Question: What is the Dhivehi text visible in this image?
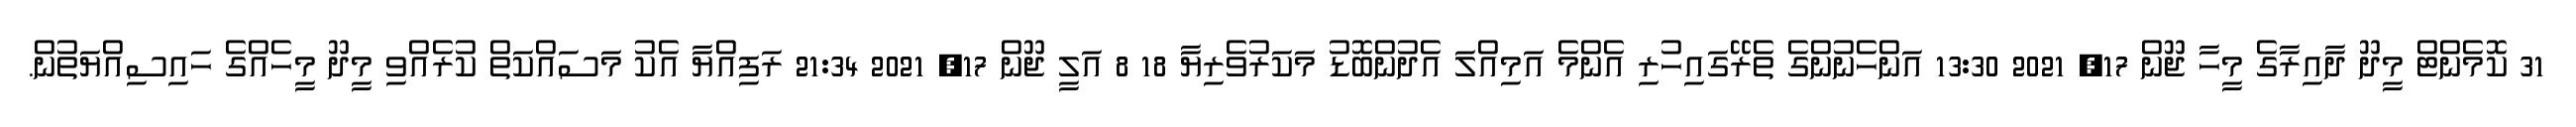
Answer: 31 ކޮމެންޓް މީދޫ ދާއިރާގެ މީހާ ޖޫން 17, 2021 13:30 އަންހެނުންގެ ތެރޭގައިހުރި އެންމެ އަމިއްލަ އެދުންބޮޑު މަކަރުވެރިޔާ 18 8 އަލީ ޖޫން 17, 2021 21:34 ރަފިއްޔާ އެކު މަސައްކަތް ކުރެއްވި މީދޫ މީހެއްގެ ހައިސިއްޔަތުން.